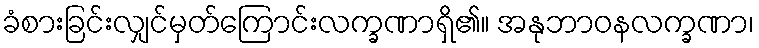
ခံစားခြင်းလျှင်မှတ်ကြောင်းလက္ခဏာရှိ၏။ အနုဘာဝနလက္ခဏာ၊